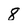
Character: 8